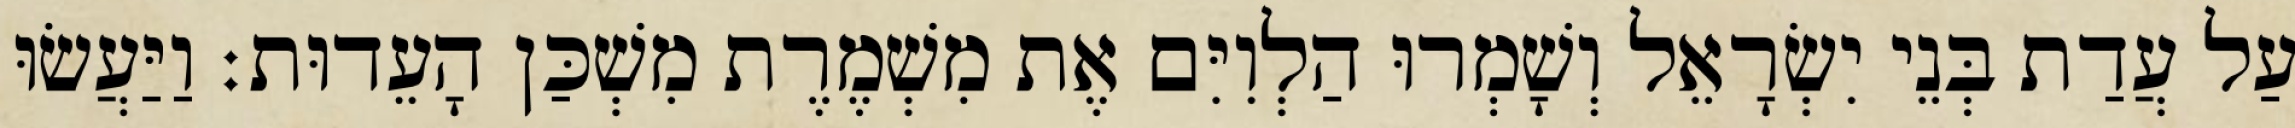
עַל עֲדַת בְּנֵי יִשְׂרָאֵל וְשָׁמְרוּ הַלְוִיִּם אֶת מִשְׁמֶרֶת מִשְׁכַּן הָעֵדוּת׃ וַיַּעֲשׂוּ